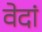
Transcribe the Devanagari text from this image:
वेदां